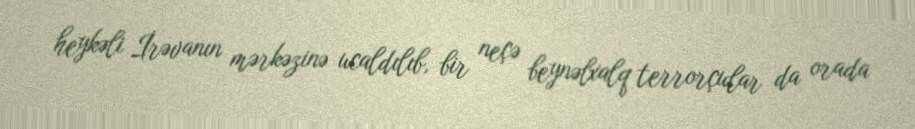
heykəli İrəvanın mərkəzinə ucaldılıb, bir neçə beynəlxalq terrorçular da orada